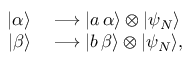
\begin{array} { r l } { | \alpha \rangle } & { { } \longrightarrow | a \, \alpha \rangle \otimes | \psi _ { N } \rangle } \\ { | \beta \rangle } & { { } \longrightarrow | b \, \beta \rangle \otimes | \psi _ { N } \rangle , } \end{array}